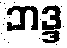
ဘဒ္ဒ